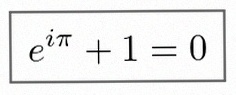
e^{i\pi}+1=0